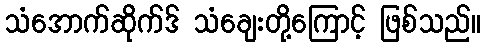
သံအောက်ဆိုက်ဒ် သံချေးတို့ကြောင့် ဖြစ်သည်။